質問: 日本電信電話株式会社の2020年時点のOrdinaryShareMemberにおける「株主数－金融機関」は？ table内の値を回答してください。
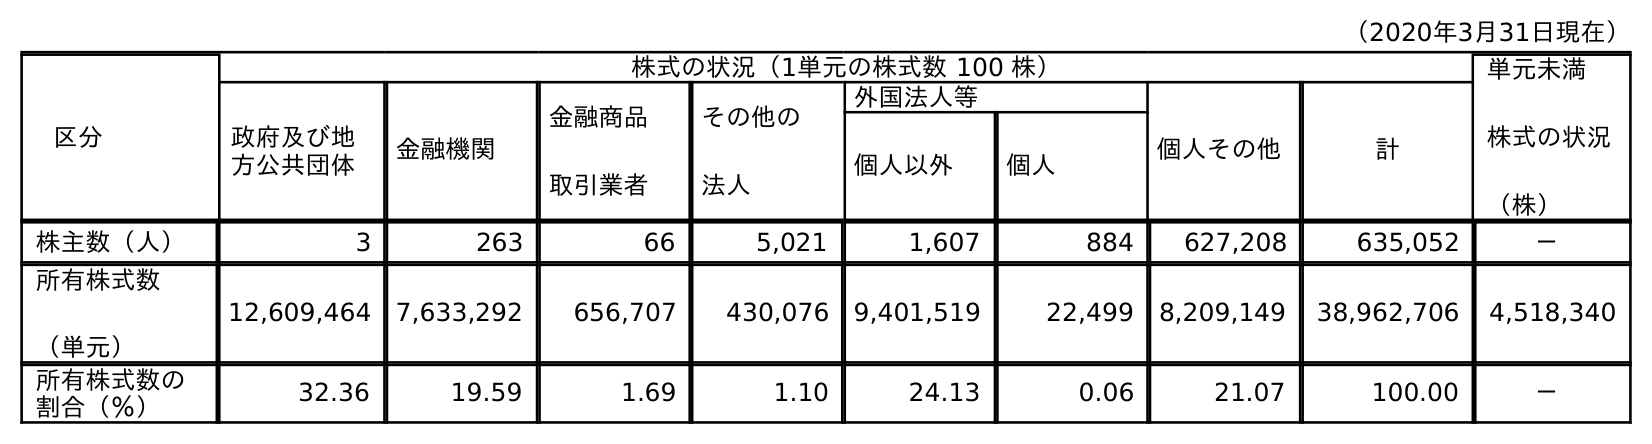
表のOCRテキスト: （2020年3月31日現在） 区分 株式の状況（1単元の株式数 100 株） 単元未満 株式の状況 （株） 政府及び地 方公共団体 金融機関 金融商品 取引業者 その他の 法人 外国法人等 個人その他 計 個人以外 個人 株主数（人） 3 263 66 5,021 1,607 884 627,208 635,052 － 所有株式数 （単元） 12,609,464 7,633,292 656,707 430,076 9,401,519 22,499 8,209,149 38,962,706 4,518,340 所有株式数の 割合（％） 32.36 19.59 1.69 1.10 24.13 0.06 21.07 100.00 －
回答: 263